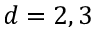
d = 2 , 3